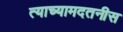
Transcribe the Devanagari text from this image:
त्याच्यामदतनीस